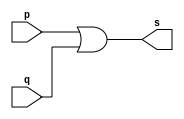
// ------------------------- 
// Exemplo0004 - OR 
// Nome: Rodrigo Arruda de Assis 
// ------------------------- 

// ------------------------- 
// -- or gate 
// ------------------------- 
	module orgate ( output s, 
	input p, q); 
	assign s = p | q; 
	endmodule // orgate 

// --------------------- 
// -- test or gate 
// --------------------- 
	module testorgate; 

// ------------------------- dados locais 
	reg a, b; // definir registradores 
	wire s; // definir conexao (fio) 

// ------------------------- instancia 
	orgate OR1 (s, a, b); 

// ------------------------- preparacao 
	initial begin:start 
// atribuicao simultanea 
// dos valores iniciais 
	a=0; b=0; 
end 

// ------------------------- parte principal 
	initial begin 
	$display("Exemplo0004 - Rodrigo Arruda de Assis - 427460"); 
	$display("Test OR gate"); 
	$display("\na & b = s\n"); 
		a=0; b=0; 
	#1 $display("%b & %b = %b", a, b, s); 
		a=0; b=1; 
	#1 $display("%b & %b = %b", a, b, s); 
		a=1; b=0; 
	#1 $display("%b & %b = %b", a, b, s); 
		a=1; b=1; 
	#1 $display("%b & %b = %b", a, b, s); 
end 
endmodule // testorgate